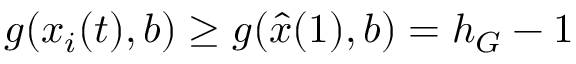
g ( x _ { i } ( t ) , b ) \geq g ( \hat { x } ( 1 ) , b ) = h _ { G } - 1